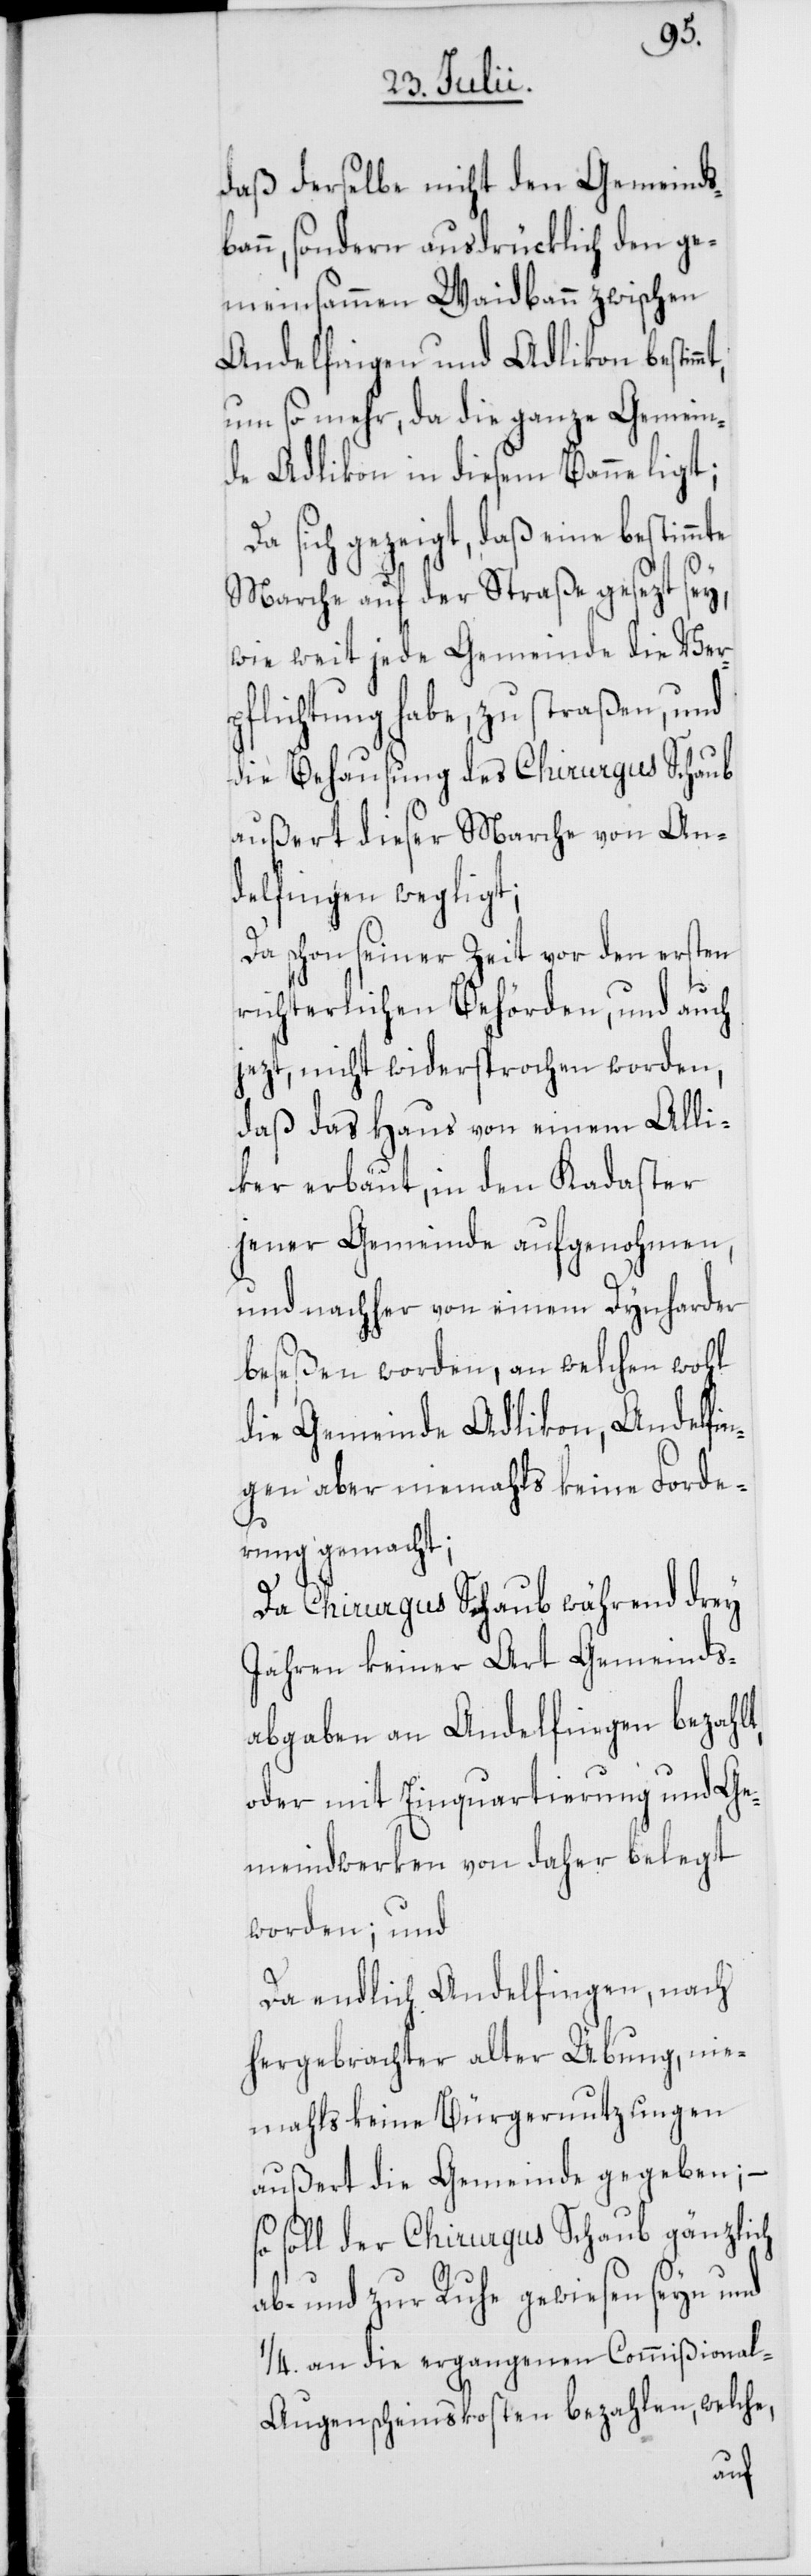
daß derselbe nicht den Gemeinds¬
bann, sondern ausdücklich den ge¬
meinsammen Waidbann zwischen
Andelfingen und Adlikon bestim¬
um so mehr, da die ganze Gemein¬
de Adlikon in diesem Banne ligt;
Da sich gezeigt, daß eine bestimm¬
Marche auf der Straße gesezt sey,
wie weit jede Gemeinde die Ver¬
pflichtung habe, zu straßen, und
die Behausung des Chirurgus Schaub
außert dieser Marche von An¬
delfingen wegligt;
Da schon seiner Zeit vor den ersten
richterlichen Behörden, und auch
jezt, nicht widersprochen worden,
daß das Haus von einem Alli¬
ker erbaut, in den Kadaster
jener Gemeinde aufgenohmen,
und nachher von einem Dynharder
beseßen worden, an welchen wohl
die Gemeinde Adlikon, Andelfin¬
gen aber niemahls keine Forde¬
rung gemacht;
Da Chirurgus Schaub während drey
Jahren keiner Art Gemeinds¬
abgaben an Andelfingen bezahlt,
oder mit Einquartierung und Ge¬
meindwerken von daher belegt
worden; und
Da endlich Andelfingen, nach
hergebrachter alter Übung, nie¬
mahls keine Bürgernutzungen
außert die Gemeinde gegeben; –
so soll der Chirurgus Schaub gänzlich
ab- und zur Ruhe gewiesen seyn und
1/4. an die ergangenen Commißional-A¬
ugenscheins-Kosten bezahlen, welche,
te